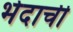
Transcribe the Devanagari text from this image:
भेदाची